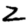
Digit: 2